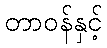
တာဝန်နှင့်